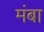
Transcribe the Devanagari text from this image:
मंबा